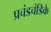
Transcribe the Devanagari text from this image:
प्रचंडचंडिके